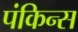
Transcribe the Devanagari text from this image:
पंकिन्स